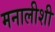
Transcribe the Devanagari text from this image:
मनालीशी